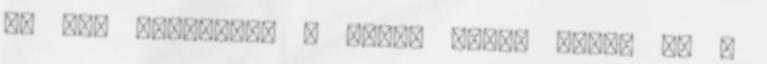
de már elkészült a móló, Jókai park, és a